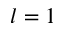
l = 1 \AA